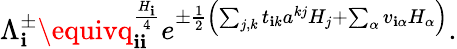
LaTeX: \Lambda_{\mathbf{i}}^{\pm}\equivq_{\mathbf{i}\mathbf{i}}^{\frac{{H_{\mathbf{i}}}}{{4}}}e^{\pm{\frac{{1}}{{2}}}\left(\sum_{j,k}t_{\mathbf{i}k}a^{kj}H_{j}+\sum_{\alpha}v_{\mathbf{i}\alpha}H_{\alpha}\right)}.